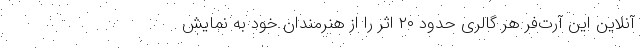
آنلاین این آرت‌فر هر گالری حدود ۲۰ اثر را از هنرمندان خود به نمایش